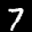
Label: 7